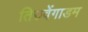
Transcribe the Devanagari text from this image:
तिरुवेंगाडम